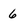
Character: 6